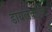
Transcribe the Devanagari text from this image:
डायलेक्टीक